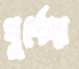
খুর্শেদা